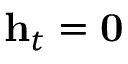
\mathbf { h } _ { t } = \mathbf { 0 }